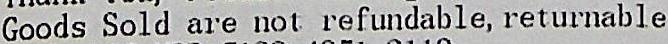
GOODS SOLD ARE NOT REFUNDABLE, RETURNABLE